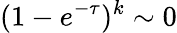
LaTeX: (1-e^{-\tau})^{k}\sim 0